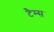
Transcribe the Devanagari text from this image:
टैम्स